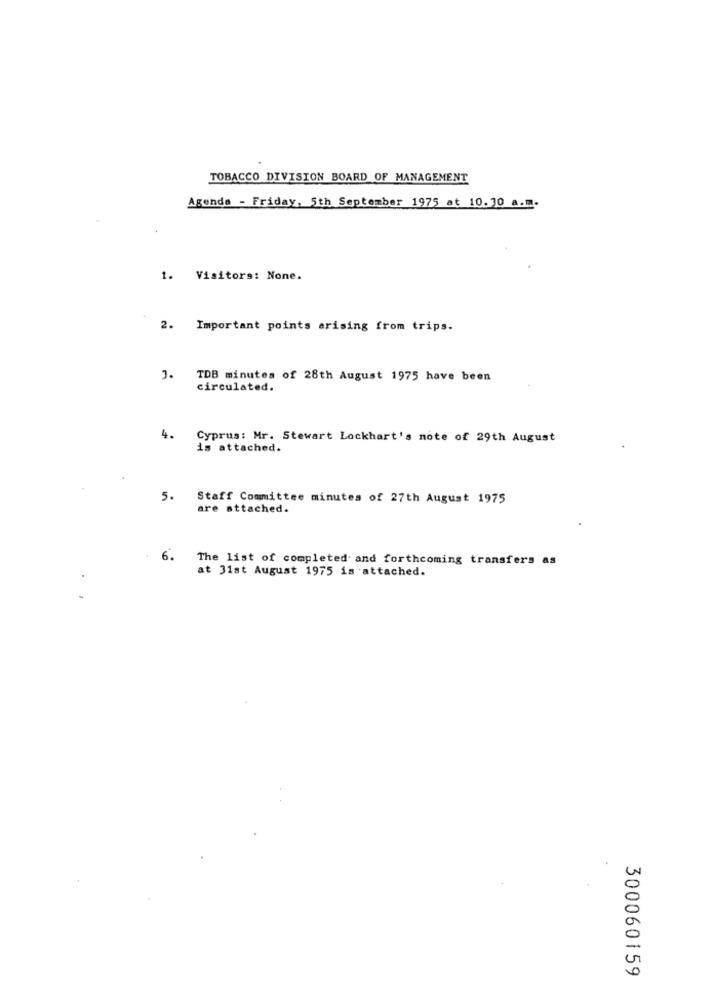
TOBACCO DIVISION BOARD OF MANAGEMENT
Agenda - Friday, 5th September 1975 at 10.30 a.m.
1. Visitors: None.
2. Important points arising from trips.
J. TDB minutes of 28th August 1975 have been
circulated.
4. Cyprus: Mr. Stewart Lockhart's note of 29th August
is attached.
5.
Staff Committee minutes of 27th August 1975
are attached.
6.
The list of completed and forthcoming transfers as
at 31st August 1975 is attached.
300060159